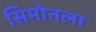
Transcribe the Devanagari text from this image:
सिमोनला